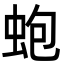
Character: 蚫